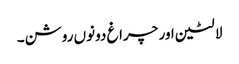
لالٹین اور چراغ دونوں روشن۔